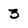
Character: 3